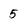
Character: 5